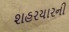
શહરયારની